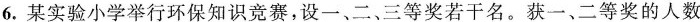
6.某实验小学举行环保知识竞赛，设一、二、三等奖若干名。获一、二等奖的人数